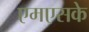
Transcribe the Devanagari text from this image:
एमएसके